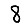
Digit: 8